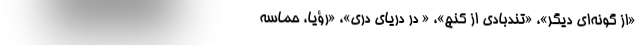
«از گونه‌ای دیگر»، «تند‌بادی از کنج»، « دُرّ دریای دری»، «رؤیا، حماسه